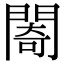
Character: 𨵤